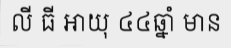
លី ធី អាយុ ៤៤ឆ្នាំ មាន